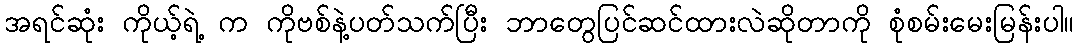
အရင်ဆုံး ကိုယ့်ရဲ့ က ကိုဗစ်နဲ့ပတ်သက်ပြီး ဘာတွေပြင်ဆင်ထားလဲဆိုတာကို စုံစမ်းမေးမြန်းပါ။